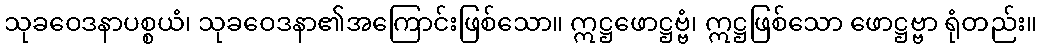
သုခဝေဒနာပစ္စယံ၊ သုခဝေဒနာ၏အကြောင်းဖြစ်သော။ ဣဋ္ဌဖောဋ္ဌဗ္ဗံ၊ ဣဋ္ဌဖြစ်သော ဖောဋ္ဌဗ္ဗာ ရုံတည်း။